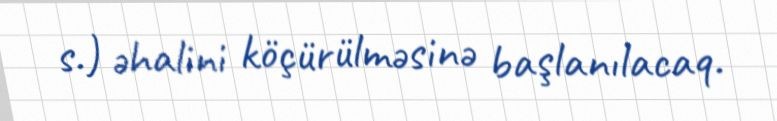
s.) əhalini köçürülməsinə başlanılacaq.